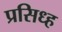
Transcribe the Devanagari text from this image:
प्रसिध्ह